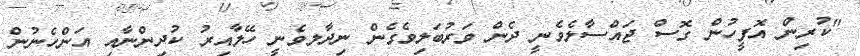
"ކުރިން އޮފީހުން ގޮސް ޖައްސާލެވެނީ ދެން ވަރުބަލިވެގެން ނިދާލވެނީ ހޭލާއިރު ކުދިންނާއި އަންހެނުން